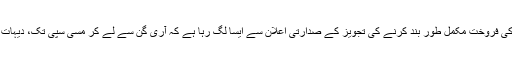
اخبار فلاڈلفیا انکوائرر کہتا ہے کہ اسالٹ رائفلوں یا ایسا اسلحہ جس سے شدید حملہ کیا جا سکے کی فروخت مکمّل طور بند کرنے کی تجویز کے صدارتی اعلان سے ایسا لگ رہا ہے کہ آری گن سے لے کر مِسی سِپی تک، دیہات سے تعلّق رکھنے والے، قانون نافذ کرنے والوں اور قانون سازوں کی دُکھتی رگ کو چھیڑا ہے۔